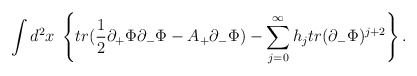
\begin{align*}\int d^{2}x \;\left\{tr(\frac{1}{2}\partial_{+}\Phi\partial_{-}\Phi- A_{+}\partial_{-}\Phi) -\sum_{j=0}^{\infty}h_{j}tr(\partial_{-}\Phi)^{j+2}\right\}.\end{align*}